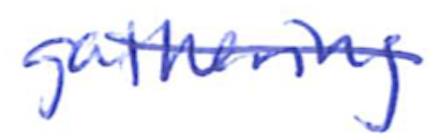
Text: gathering
Cross-out: diagonal
Writing tool: ballpoint